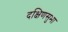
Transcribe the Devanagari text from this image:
दक्षिणसुभा